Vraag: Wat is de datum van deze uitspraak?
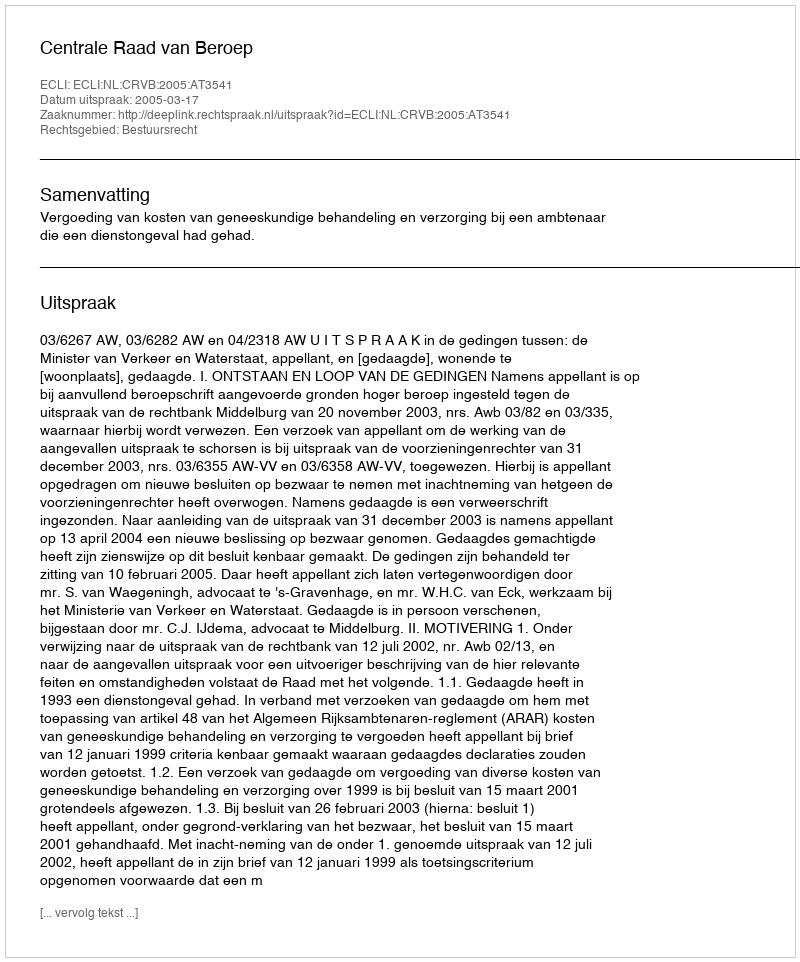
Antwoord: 2005-03-17